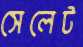
সেলেট